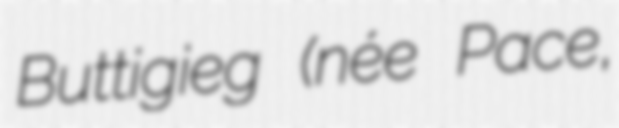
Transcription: Buttigieg (née Pace,